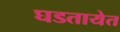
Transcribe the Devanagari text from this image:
घडतायेत